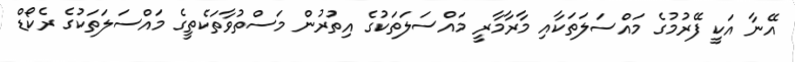
އޭނާ އަކީ ފޭރުމުގެ މައްސަލަތަކާއި މާރާމާރީ މައްސަލަތަކުގެ އިތުރުން މަސްތުވާތަކެތީގެ މައްސަލަތަކުގެ ރެކޯޑް